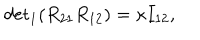
{ \det } _ { 1 } ( R _ { 2 1 } R _ { 1 2 } ) = \kappa I _ { 1 2 } ,